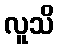
လူသိ